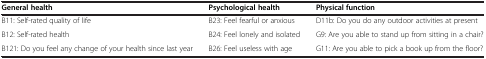
<table><thead><tr><td><b>General health</b></td><td><b>Psychological health</b></td><td><b>Physical function</b></td></tr></thead><tbody><tr><td>B11: Self-rated quality of life</td><td>B23: Feel fearful or anxious</td><td>D11b: Do you do any outdoor activities at present</td></tr><tr><td>B12: Self-rated health</td><td>B24: Feel lonely and isolated</td><td>G9: Are you able to stand up from sitting in a chair?</td></tr><tr><td>B121: Do you feel any change of your health since last year</td><td>B26: Feel useless with age</td><td>G11: Are you able to pick a book up from the floor?</td></tr></tbody></table>